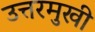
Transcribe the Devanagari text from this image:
उत्तरमुखी